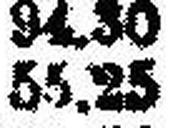
55.25